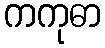
ကကုဓာ